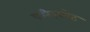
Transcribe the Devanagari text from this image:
फरिदकोट